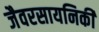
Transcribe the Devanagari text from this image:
जैवरसायनिकी